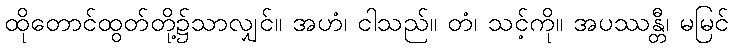
ထိုတောင်ထွတ်တို့၌သာလျှင်။ အဟံ၊ ငါသည်။ တံ၊ သင့်ကို။ အပဿန္တီ၊ မမြင်